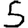
Digit: 5